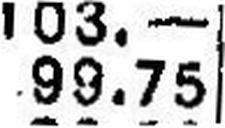
99.75